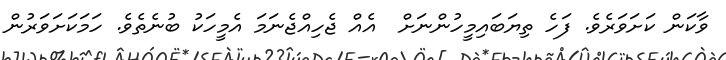
ވާކަން ކަށަވަރެވެ. ފަހެ ތިޔަބައިމީހުންނަށް  އެއް ޖެހިއްޖެނަމަ އެމީހަކު ބުނެތެވެ. ހަމަކަށަވަރުން